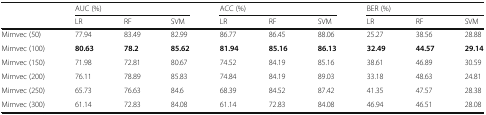
<table><thead><tr><td></td><td colspan="3"><b>AUC (%)</b></td><td colspan="3"><b>ACC (%)</b></td><td colspan="3"><b>BER (%)</b></td></tr><tr><td></td><td><b>LR</b></td><td><b>RF</b></td><td><b>SVM</b></td><td><b>LR</b></td><td><b>RF</b></td><td><b>SVM</b></td><td><b>LR</b></td><td><b>RF</b></td><td><b>SVM</b></td></tr></thead><tbody><tr><td>Mimvec (50)</td><td>77.94</td><td>83.49</td><td>82.99</td><td>86.77</td><td>86.45</td><td>88.06</td><td>25.27</td><td>38.56</td><td>28.88</td></tr><tr><td>Mimvec (100)</td><td><b>80.63</b></td><td><b>78.2</b></td><td><b>85.62</b></td><td><b>81.94</b></td><td><b>85.16</b></td><td><b>86.13</b></td><td><b>32.49</b></td><td><b>44.57</b></td><td><b>29.14</b></td></tr><tr><td>Mimvec (150)</td><td>71.98</td><td>72.81</td><td>80.67</td><td>74.52</td><td>84.19</td><td>85.16</td><td>38.61</td><td>46.89</td><td>30.59</td></tr><tr><td>Mimvec (200)</td><td>76.11</td><td>78.89</td><td>85.83</td><td>74.84</td><td>84.19</td><td>89.03</td><td>33.18</td><td>48.63</td><td>24.81</td></tr><tr><td>Mimvec (250)</td><td>65.73</td><td>76.63</td><td>84.6</td><td>68.39</td><td>84.52</td><td>87.42</td><td>41.35</td><td>47.57</td><td>28.38</td></tr><tr><td>Mimvec (300)</td><td>61.14</td><td>72.83</td><td>84.08</td><td>61.14</td><td>72.83</td><td>84.08</td><td>46.94</td><td>46.51</td><td>28.08</td></tr></tbody></table>